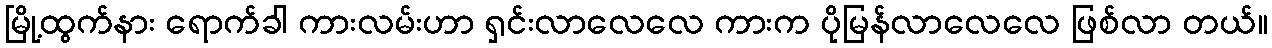
မြို့ထွက်နား ရောက်ခါ ကားလမ်းဟာ ရှင်းလာလေလေ ကားက ပိုမြန်လာလေလေ ဖြစ်လာ တယ်။